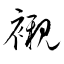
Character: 襯